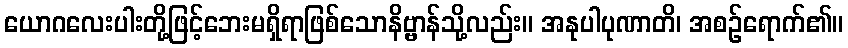
ယောဂလေးပါးတို့ဖြင့်ဘေးမရှိရာဖြစ်သောနိဗ္ဗာန်သို့လည်း။ အနုပါပုဏာတိ၊ အစဉ်ရောက်၏။